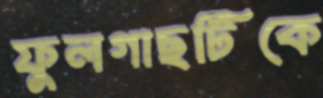
ফুলগাছটিকে